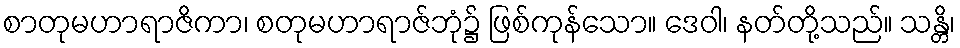
စာတုမဟာရာဇိကာ၊ စတုမဟာရာဇ်ဘုံ၌ ဖြစ်ကုန်သော။ ဒေဝါ၊ နတ်တို့သည်။ သန္တိ၊